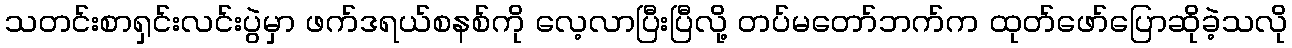
သတင်းစာရှင်းလင်းပွဲမှာ ဖက်ဒရယ်စနစ်ကို လေ့လာပြီးပြီလို့ တပ်မတော်ဘက်က ထုတ်ဖော်ပြောဆိုခဲ့သလို